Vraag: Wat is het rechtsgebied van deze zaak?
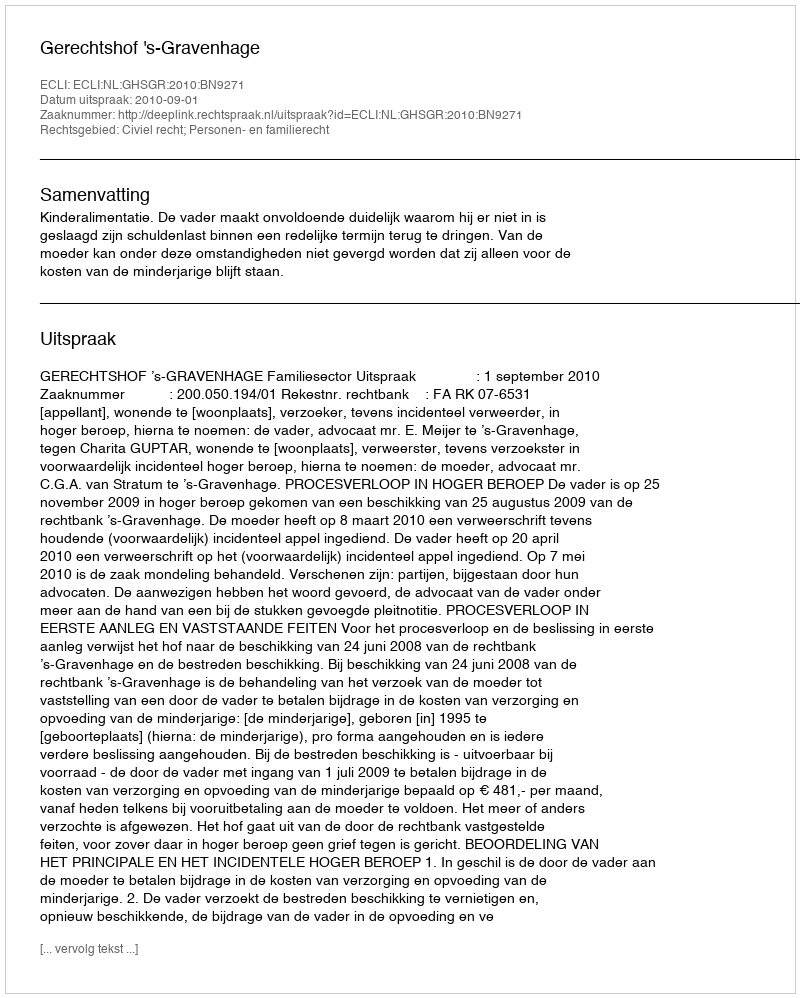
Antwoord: Civiel recht; Personen- en familierecht